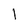
Character: I